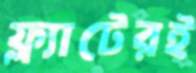
ফ্ল্যাটেরই